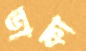
ডাকা